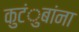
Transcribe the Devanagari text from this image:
कुटंुबांना